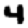
Digit: 4